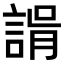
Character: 𧩑